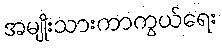
အမျိုးသားကာကွယ်ရေး